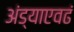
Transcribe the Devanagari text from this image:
अंड्याएवढं